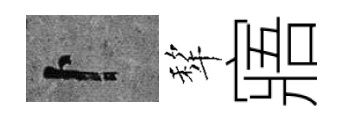
卜犂寤